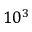
1 0 ^ { 3 }